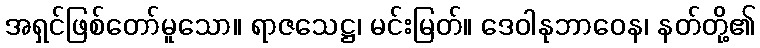
အရှင်ဖြစ်တော်မူသော။ ရာဇသေဋ္ဌ၊ မင်းမြတ်။ ဒေဝါနုဘာဝေန၊ နတ်တို့၏